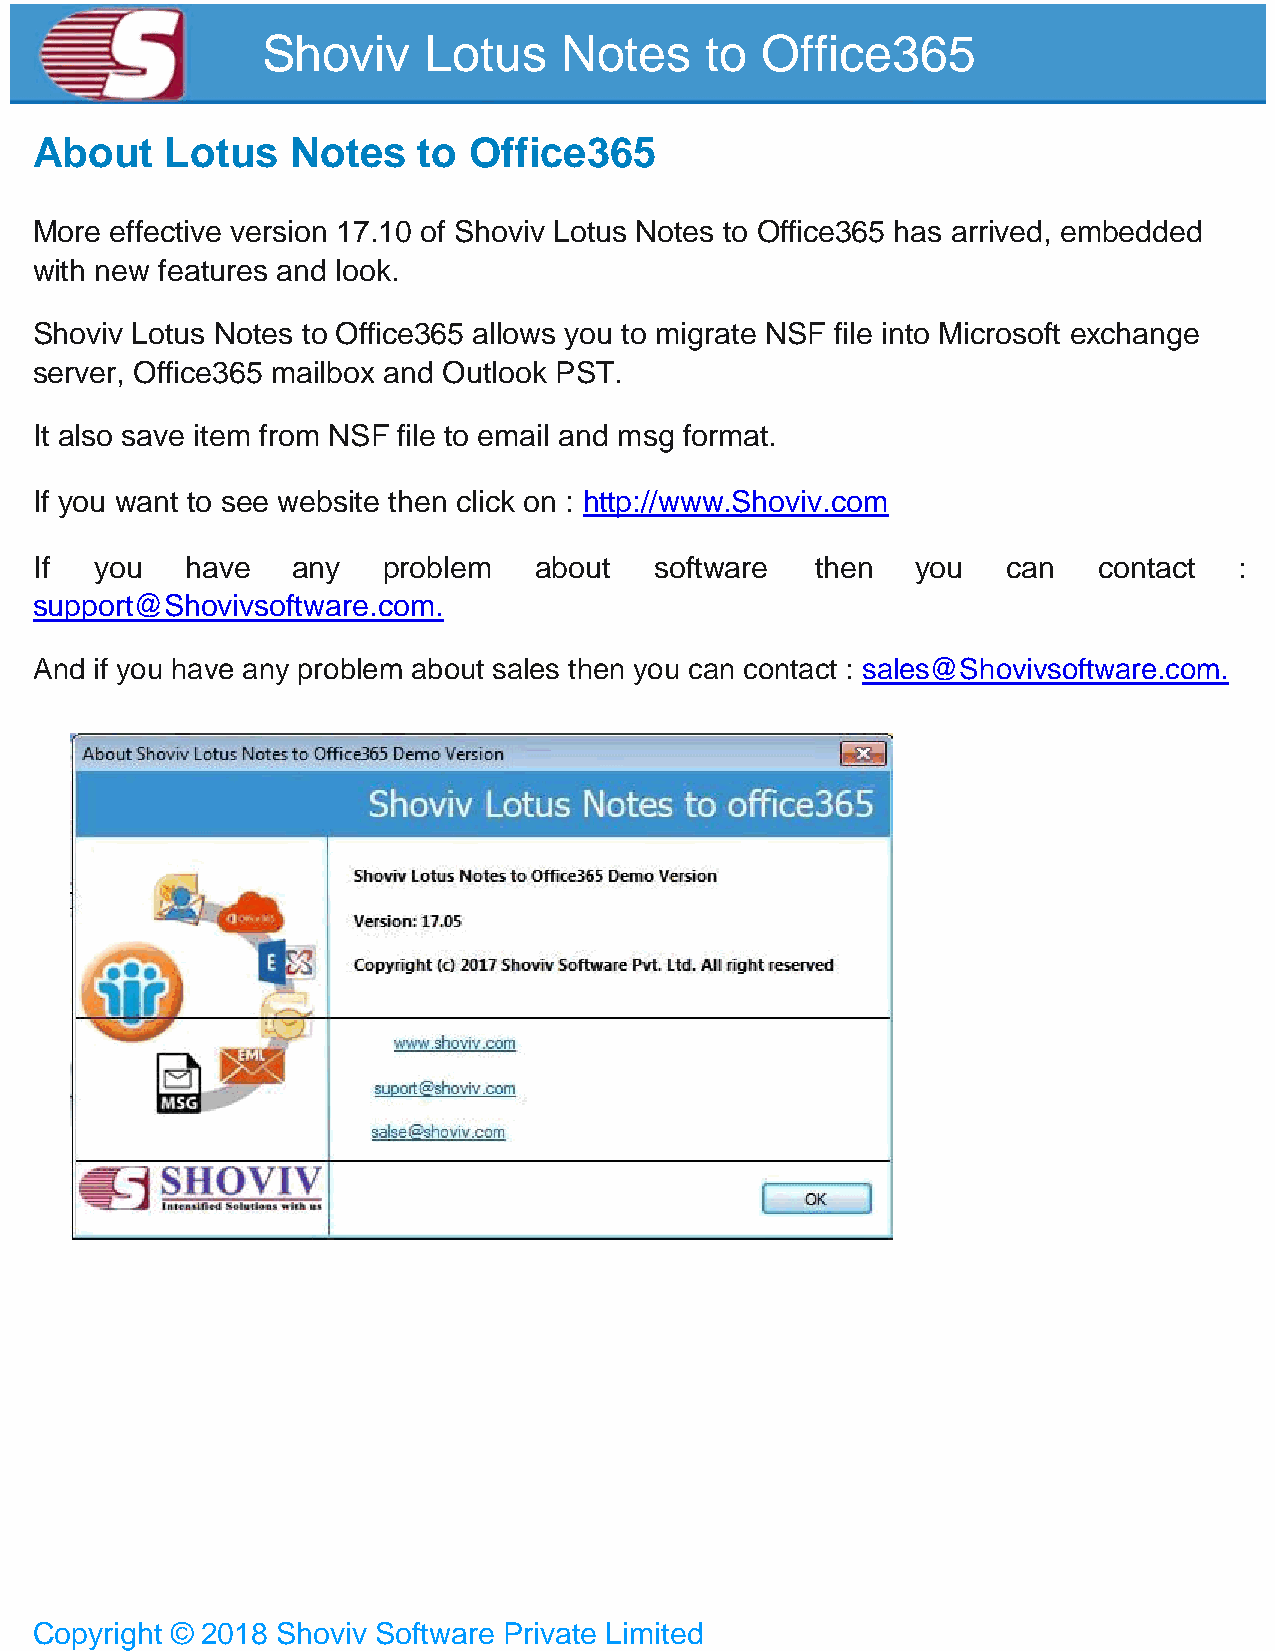
Shoviv     Lotus    Notes     to Office365
 About    Lotus   Notes    to Office365
 More effective version 17.10 of Shoviv Lotus Notes to Office365 has arrived, embedded
 with new features and look.
 Shoviv Lotus Notes to Office365 allows you to migrate NSF file into Microsoft exchange
 server, Office365 mailbox and Outlook PST.
 It also save item from NSF file to email and msg format.
 If you want to see website then click on : http://www.Shoviv.com
 If  you   have   any   problem   about   software   then   you   can   contact  :
 support@Shovivsoftware.com.
 And if you have any problem about sales then you can contact : sales@Shovivsoftware.com.
 Copyright © 2018 Shoviv Software Private Limited